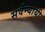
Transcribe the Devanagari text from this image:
सर्वन्यायी